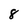
Character: 8